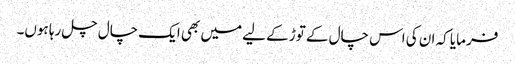
فرمایا کہ ان کی اس چال کے توڑ کے لیے میں بھی ایک چال چل رہا ہوں۔